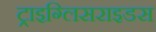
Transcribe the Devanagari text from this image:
ट्राइग्लिसराइडस